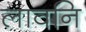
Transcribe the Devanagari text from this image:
लावनि